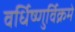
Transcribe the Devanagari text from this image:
वर्धिष्णुर्विक्रमे